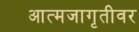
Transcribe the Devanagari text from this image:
आत्मजागृतीवर